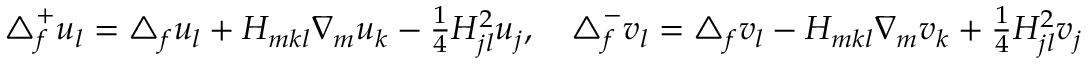
\begin{array} { r } { \triangle _ { f } ^ { + } u _ { l } = \triangle _ { f } u _ { l } + H _ { m k l } \nabla _ { m } u _ { k } - \frac { 1 } { 4 } H _ { j l } ^ { 2 } u _ { j } , \quad \triangle _ { f } ^ { - } v _ { l } = \triangle _ { f } v _ { l } - H _ { m k l } \nabla _ { m } v _ { k } + \frac { 1 } { 4 } H _ { j l } ^ { 2 } v _ { j } } \end{array}